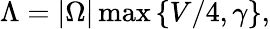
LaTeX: \Lambda=|\Omega|\operatorname*{max}\left\{ V/4,\gamma\right\} ,